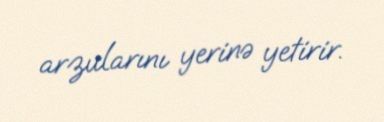
arzularını yerinə yetirir.